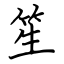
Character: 笙